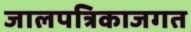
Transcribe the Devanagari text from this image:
जालपत्रिकाजगत